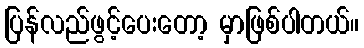
ပြန်လည်ဖွင့်ပေးတော့ မှာဖြစ်ပါတယ်။